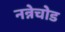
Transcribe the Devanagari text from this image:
नन्नेचोड